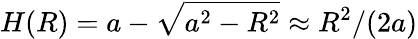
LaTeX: H(R)=a-\sqrt{a^{2}-R^{2}}\approx R^{2}/(2a)